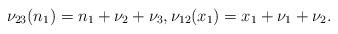
LaTeX: \begin{gather*} \nu_{23}(n_1)=n_1+\nu_2+\nu_3, \nu_{12}(x_1)=x_1+\nu_1+\nu_2.\end{gather*}